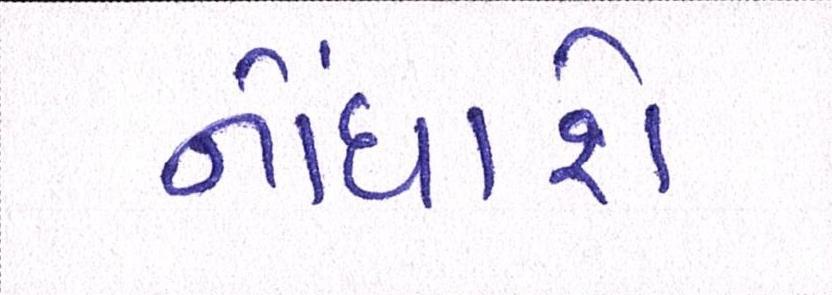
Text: નોંધાશે